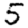
Digit: 5